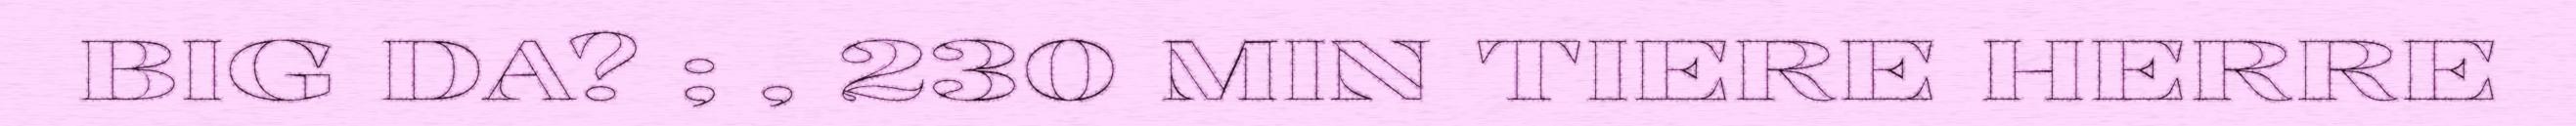
BIG DA? ; , 230 MIN TIERE HERRE